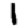
Digit: 1